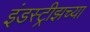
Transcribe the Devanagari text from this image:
इंडस्ट्रीझच्या